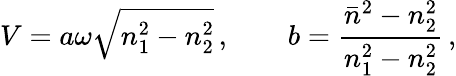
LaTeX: V=a\omega\sqrt{n_{1}^{2}-n_{2}^{2}}\, ,\qquad b=\frac{{\bar{n}}^{2}-n_{2}^{2}}{n_{1}^{2}-n_{2}^{2}}\, ,